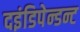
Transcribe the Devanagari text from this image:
दइंडिपेन्डन्ट